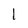
Character: I